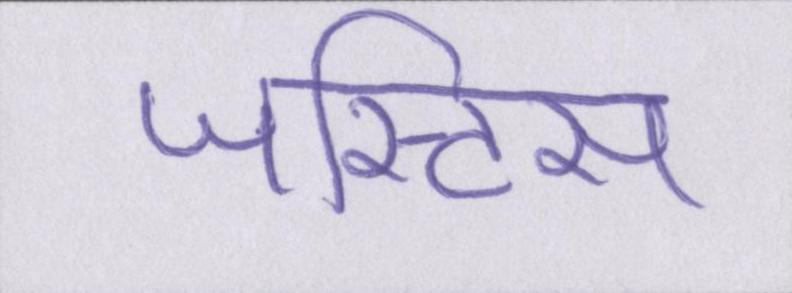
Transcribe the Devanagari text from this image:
जस्टिस